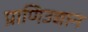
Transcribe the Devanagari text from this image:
प्राणिउद्यान